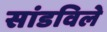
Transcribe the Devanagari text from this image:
सांडविले